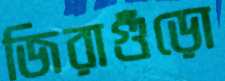
জিরাগুঁড়ো